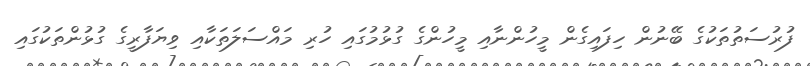
ފުރުސަތުތަކުގެ ބޭނުން ހިފައިގެން މީހުންނާއި މީހުންގެ ގުޅުމުގައި ހުރި މައްސަލަތަކާއި ވިޔަފާރީގެ ގުޅުންތަކުގައި